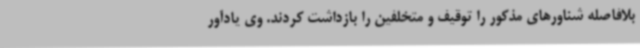
بلافاصله شناورهای مذکور را توقیف و متخلفین را بازداشت کردند. وی یادآور